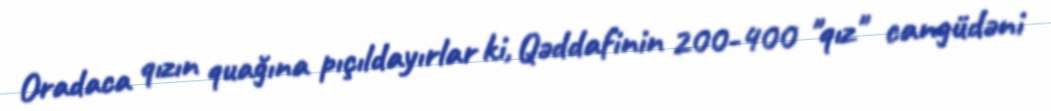
Oradaca qızın quağına pıçıldayırlar ki, Qəddafinin 200-400 "qız" cangüdəni